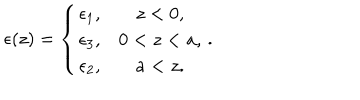
LaTeX: \epsilon ( z ) = \left\{ \begin{array} { c c } { { \epsilon _ { 1 } , } } & { { z < 0 , } } \\ { { \epsilon _ { 3 } , } } & { { 0 < z < a , } } \\ { { \epsilon _ { 2 } , } } & { { a < z . } } \\ \end{array} \right. .